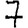
Digit: 7